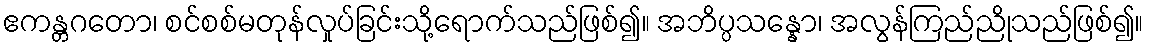
ဧကန္တဂတော၊ စင်စစ်မတုန်လှုပ်ခြင်းသို့ရောက်သည်ဖြစ်၍။ အဘိပ္ပသန္နော၊ အလွန်ကြည်ညိုသည်ဖြစ်၍။